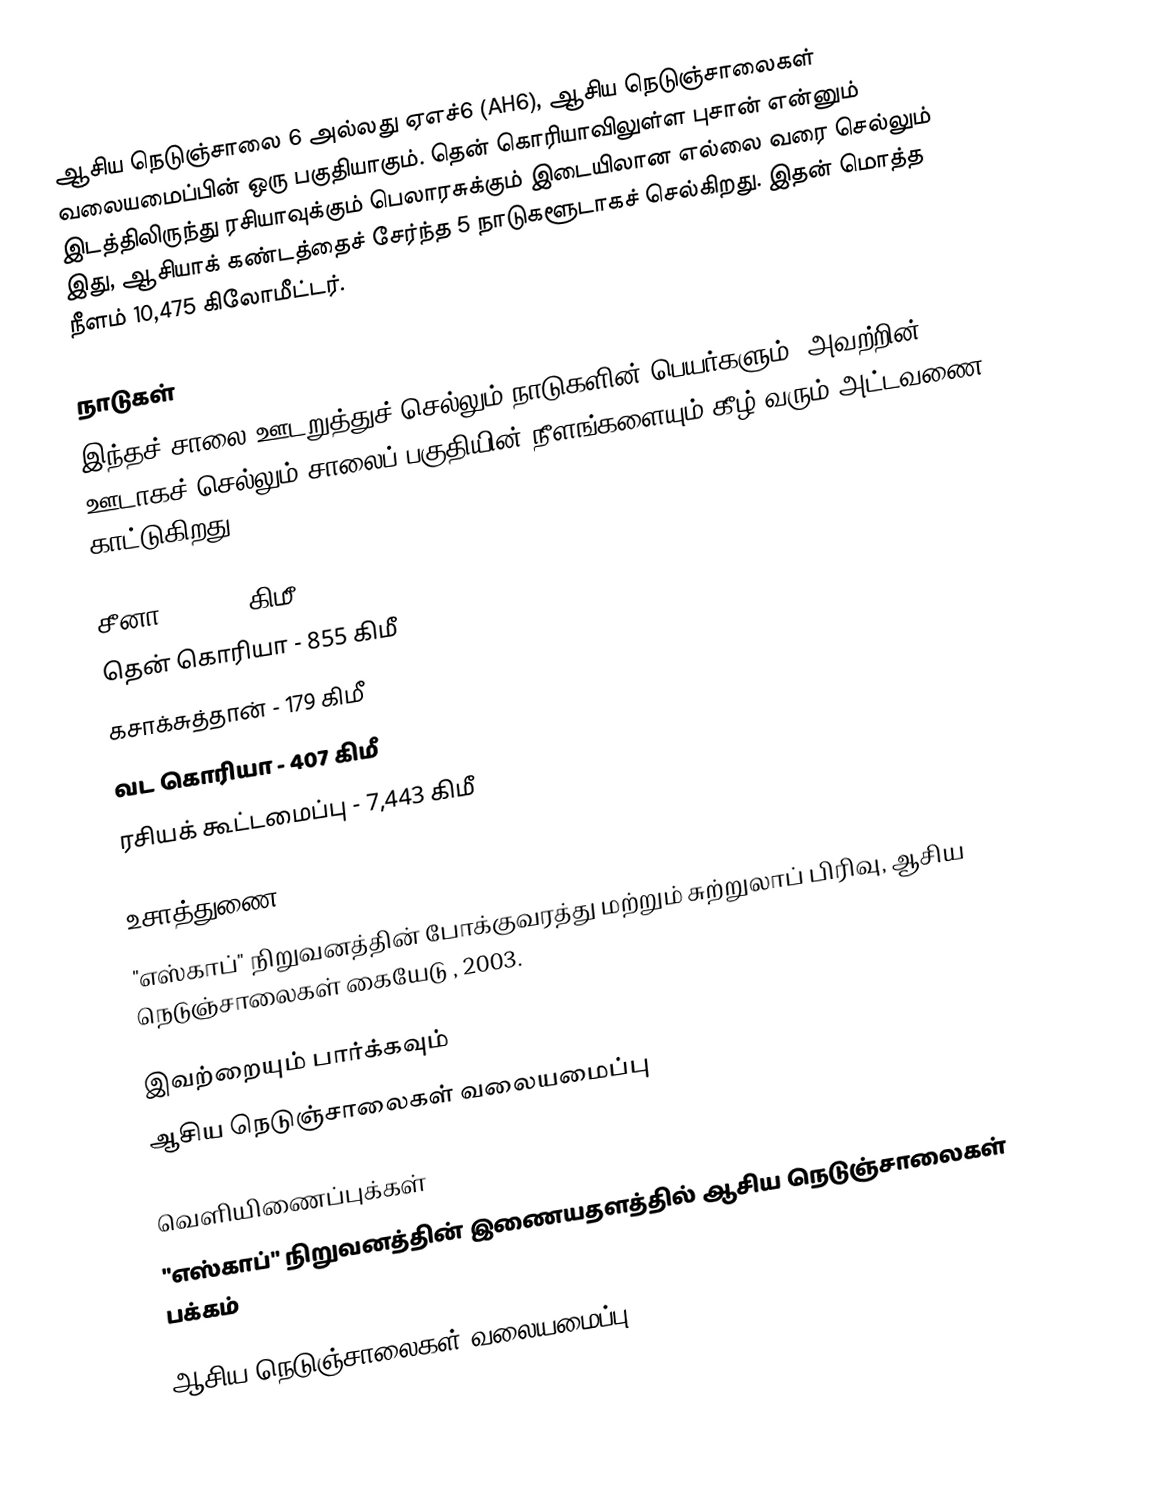
ஆசிய நெடுஞ்சாலை 6 அல்லது ஏஎச்6 (AH6), ஆசிய நெடுஞ்சாலைகள் வலையமைப்பின் ஒரு பகுதியாகும். தென் கொரியாவிலுள்ள புசான் என்னும் இடத்திலிருந்து ரசியாவுக்கும் பெலாரசுக்கும் இடையிலான எல்லை வரை செல்லும் இது, ஆசியாக் கண்டத்தைச் சேர்ந்த 5 நாடுகளூடாகச் செல்கிறது. இதன் மொத்த நீளம் 10,475 கிலோமீட்டர்.

நாடுகள்
இந்தச் சாலை ஊடறுத்துச் செல்லும் நாடுகளின் பெயர்களும், அவற்றின் ஊடாகச் செல்லும் சாலைப் பகுதியின் நீளங்களையும் கீழ் வரும் அட்டவணை காட்டுகிறது.

 சீனா - 1,523 கிமீ
 தென் கொரியா - 855 கிமீ
 கசாக்சுத்தான் - 179 கிமீ
 வட கொரியா - 407 கிமீ
 ரசியக் கூட்டமைப்பு - 7,443 கிமீ

உசாத்துணை
 "எஸ்காப்" நிறுவனத்தின் போக்குவரத்து மற்றும் சுற்றுலாப் பிரிவு, ஆசிய நெடுஞ்சாலைகள் கையேடு , 2003.

இவற்றையும் பார்க்கவும்
 ஆசிய நெடுஞ்சாலைகள் வலையமைப்பு

வெளியிணைப்புக்கள்
 "எஸ்காப்" நிறுவனத்தின் இணையதளத்தில் ஆசிய நெடுஞ்சாலைகள் பக்கம்

 ஆசிய நெடுஞ்சாலைகள் வலையமைப்பு